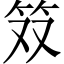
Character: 𫁷